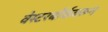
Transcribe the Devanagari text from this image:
वेस्टरबॉर्कवरून